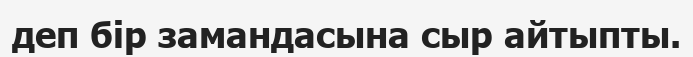
деп бір замандасына сыр айтыпты.